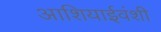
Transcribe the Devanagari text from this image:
आशियाईवंशी